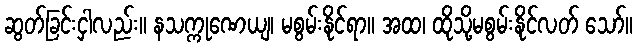
ဆွတ်ခြင်းငှါလည်း။ နသက္ကုဏေယျ၊ မစွမ်းနိုင်ရာ။ အထ၊ ထိုသို့မစွမ်းနိုင်လတ် သော်။